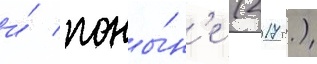
и́ поны́н'е (2017 г.)